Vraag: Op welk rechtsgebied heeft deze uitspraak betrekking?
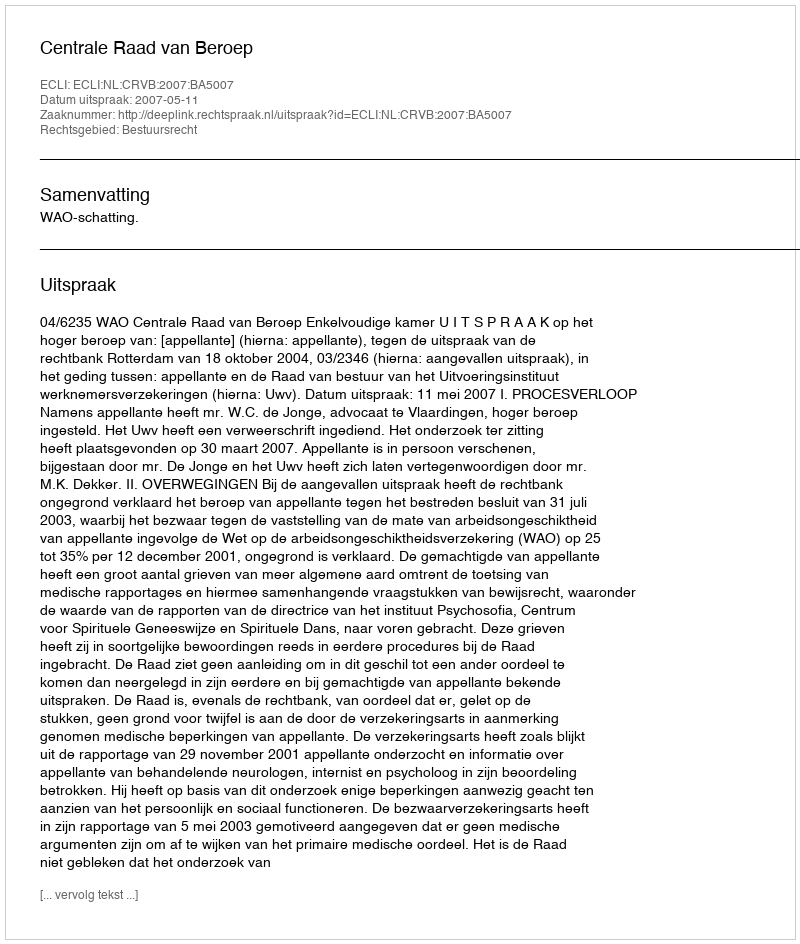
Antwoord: Bestuursrecht